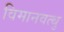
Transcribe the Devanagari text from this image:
विमानवत्थु